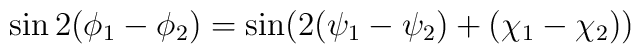
\sin2(\phi_1-\phi_2)=\sin(2(\psi_1-\psi_2)+(\chi_1-\chi_2))